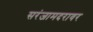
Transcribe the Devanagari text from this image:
सरंजामदरावर